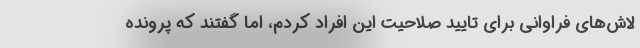
لاش‌های فراوانی برای تایید صلاحیت این افراد کردم، اما گفتند که پرونده